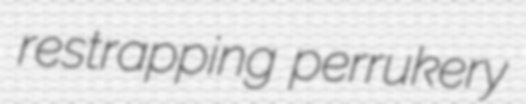
restrapping perrukery